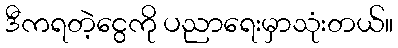
ဒီကရတဲ့ငွေကို ပညာရေးမှာသုံးတယ်။